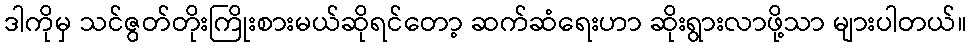
ဒါကိုမှ သင်ဇွတ်တိုးကြိုးစားမယ်ဆိုရင်တော့ ဆက်ဆံရေးဟာ ဆိုးရွားလာဖို့သာ များပါတယ်။